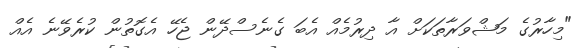
"މިހާރުގެ މަޝްވަރާތަކަށް އާ ދިރުމެއް އެބަ ގެނެސްދޭން ޖެހޭ އެގޮތުން ކުރެވޭނެ އެއް